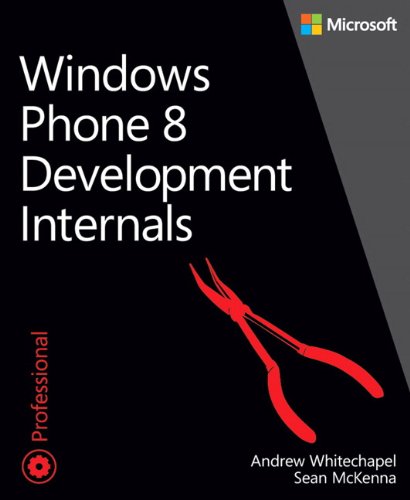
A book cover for Windows Phone 8 Development Internals (Developer Reference); Andrew Whitechapel; Computers & Technology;